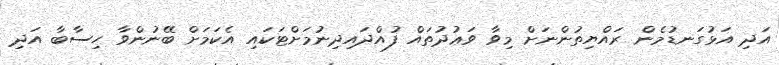
އަދި އަޅުގަނޑުމެން ރައްޔިތުންނަށް މިވާ ވަޢުދުތައް ފުއްދައިދިނުމަށްޓަކައި އެކަމަށް ބޭނުންވާ ހިސާބާ އަދި